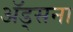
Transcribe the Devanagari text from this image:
अॅड्सना